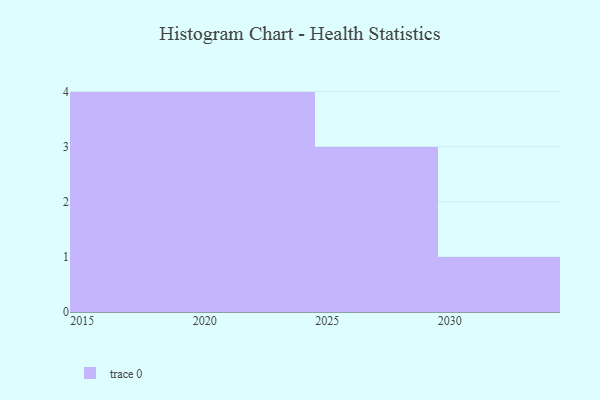
{"axis": {"x": "Year", "y": "Population (Million)"}, "legend": [""], "data": [{"x": "2018", "y": 98, "type": ""}, {"x": "2028", "y": 37, "type": ""}, {"x": "2022", "y": 43, "type": ""}, {"x": "2020", "y": 97, "type": ""}, {"x": "2016", "y": 66, "type": ""}, {"x": "2030", "y": 92, "type": ""}, {"x": "2024", "y": 24, "type": ""}, {"x": "2029", "y": 48, "type": ""}, {"x": "2026", "y": 54, "type": ""}, {"x": "2021", "y": 11, "type": ""}, {"x": "2019", "y": 16, "type": ""}, {"x": "2017", "y": 77, "type": ""}]}